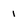
Character: 1